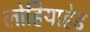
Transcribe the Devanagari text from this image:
लोहियाहेड